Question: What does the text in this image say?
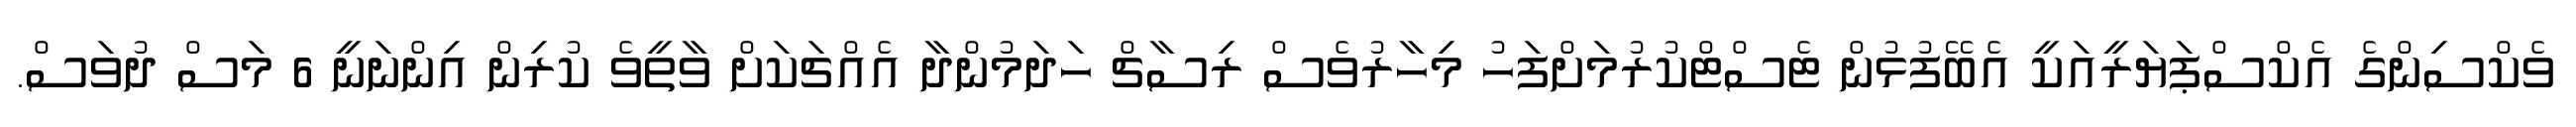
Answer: ވެކްސިންގެ އެކްސްޕަޔަރީއަކީ އެބޭފުޅުން ޓެސްޓްކުރުމަށްފަހު މިހާރުވެސް ރިސާޗް ހަދަމުންދާ އެއްޗަކަށް ވާތީވެ ކުރިން އިންނަނީ 6 މަސް ދުވަސް.